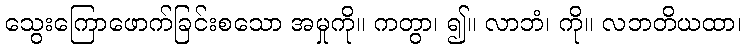
သွေးကြောဖောက်ခြင်းစသော အမှုကို။ ကတွာ၊ ၍။ လာဘံ၊ ကို။ လဘတိယထာ၊